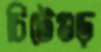
চিটেগুড়